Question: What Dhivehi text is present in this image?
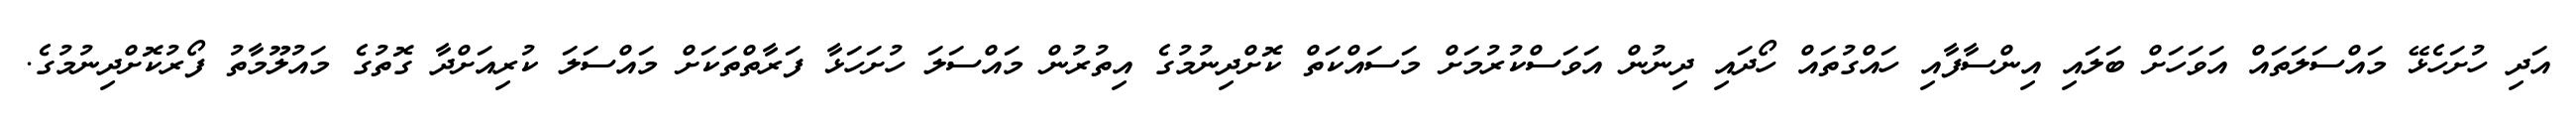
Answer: އަދި ހުށަހެޅޭ މައްސަލަތައް އަވަހަށް ބަލައި އިންސާފާއި ހައްގުތައް ހޯދައި ދިނުން އަވަސްކުރުމަށް މަސައްކަތް ކޮށްދިނުމުގެ އިތުރުން މައްސަލަ ހުށަހަޅާ ފަރާތްތަކަށް މައްސަލަ ކުރިއަށްދާ ގޮތުގެ މައުލޫމާތު ފޯރުކޮށްދިނުމުގެ.